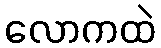
လောကထဲ